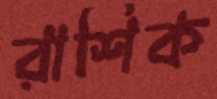
রাশিক